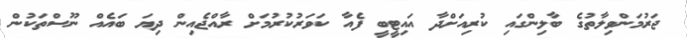
ޖަރުމަންވިލާތުގެ ބާލިންގައި ކުރިއަށްދާ އައިޓީބީ ފެއާ ކަވަރުކުރުމަށް ރާއްޖެއިން ދިޔަ ބައެއް ނޫސްތަކުން